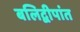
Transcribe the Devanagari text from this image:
बलिद्वीपांत